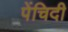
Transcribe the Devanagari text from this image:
पेंचिदी